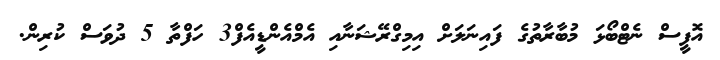
އޮފީސް ނެޓްބޯޅަ މުބާރާތުގެ ފައިނަލަށް އިމިގްރޭޝަނާއި އެމްއެންޑީއެފް3 ހަފްތާ 5 ދުވަސް ކުރިން.